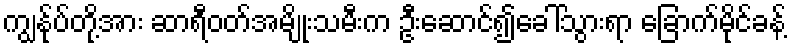
ကျွန်ုပ်တို့အား ဆာရီဝတ်အမျိုးသမီးက ဦးဆောင်၍ခေါ်သွားရာ ခြောက်မိုင်ခန့်